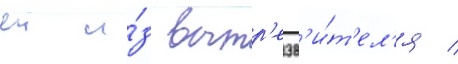
еи и́з вытр'езв'и́т'ел'я /